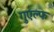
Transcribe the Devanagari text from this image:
गुएल्फ